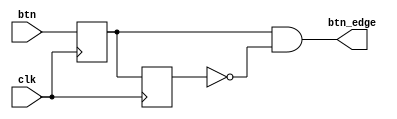
`timescale 1ns / 1ps
//////////////////////////////////////////////////////////////////////////////////
// Company: 
// Engineer: 
// 
// Design Name: 
// Module Name: single_edge
// Project Name: 
// Target Devices: 
// Tool Versions: 
// Description: 
// 
// Dependencies: 
// 
// Revision:
// Revision 0.01 - File Created
// Additional Comments:
// 
//////////////////////////////////////////////////////////////////////////////////

module single_edge(
    input clk,
    input btn,
    output btn_edge
);
reg btn1 = 1'b0;
reg btn2 = 1'b0;
always@(posedge clk)
begin
    btn1 <= btn;
end
always@(posedge clk)
begin
    btn2 <= btn1;
end
assign btn_edge = btn1 & (~btn2);
endmodule